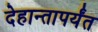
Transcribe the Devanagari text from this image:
देहान्तापर्यंत